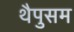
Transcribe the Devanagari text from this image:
थैपुसम